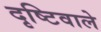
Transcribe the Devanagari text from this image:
दृष्टिवाले